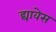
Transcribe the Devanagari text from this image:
द्यावेस